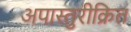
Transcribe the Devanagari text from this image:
अपास्तुरीक्रित